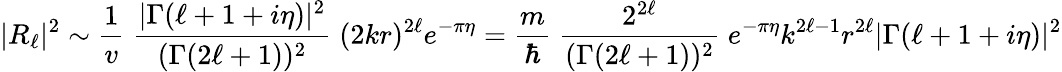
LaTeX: |R_{\ell}|^{2}\sim{\frac{1}{v}}\; {\frac{|\Gamma(\ell+1+i\eta)|^{2}}{(\Gamma(2\ell+1))^{2}}}\; (2kr)^{2\ell}e^{-\pi\eta}={\frac{m}{\hbar}}\; {\frac{2^{2\ell}}{(\Gamma(2\ell+1))^{2}}}\; e^{-\pi\eta}k^{2\ell-1}r^{2\ell}|\Gamma(\ell+1+i\eta)|^{2}